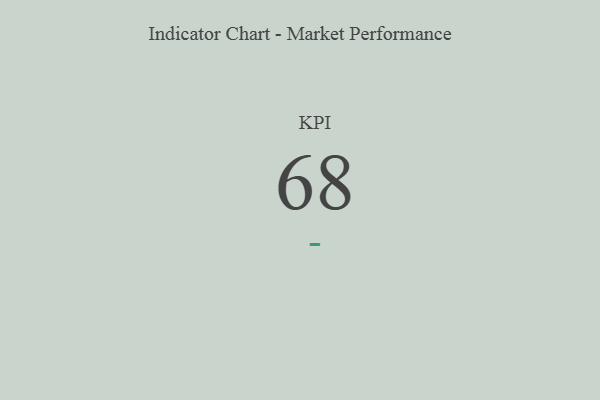
{"axis": {"x": "KPI", "y": "Value"}, "legend": [""], "data": [{"x": "KPI", "y": 68, "type": ""}]}